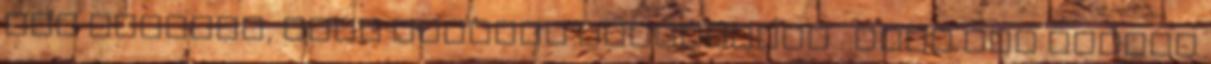
már Samuelt, mint szatírt azonosítva . Hogy azt mondta